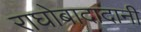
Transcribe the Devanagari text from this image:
राघोबादादानी